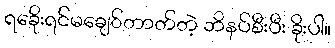
ရခေိုးရင်မချေ်တာတ်တဲ့ ဘိနပ်စီးပီး ခိုးပါ။